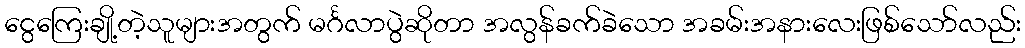
ငွေကြေးချို့တဲ့သူများအတွက် မင်္ဂလာပွဲဆိုတာ အလွန်ခက်ခဲသော အခမ်းအနားလေးဖြစ်သော်လည်း